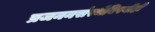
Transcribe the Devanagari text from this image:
प्रजननसंस्थेविषयीही